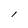
Character: l